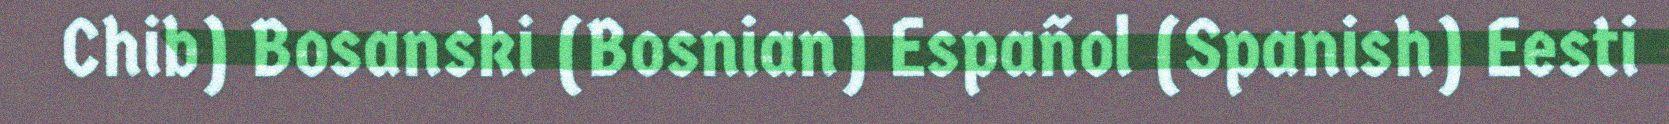
Chib) Bosanski (Bosnian) Español (Spanish) Eesti